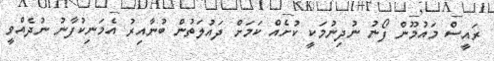
ރައީސް މައުމޫން ފޯނު ނުދިނުމަކީ ކުށެއް ކަމަށް ދައުލަތުން ބުނާއިރު އެމަނިކުފާނު ނުދެއްވީ